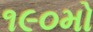
૧૯૦મો